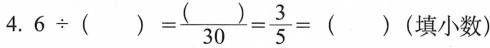
4. $$6 \div ( ) = \frac { ( ) } { 3 0 } = \frac { 3 } { 5 } = ( )$$ (填小数)